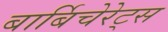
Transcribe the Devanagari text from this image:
बार्बिचेरेट्स